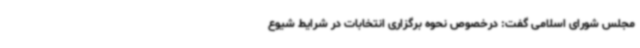
مجلس شورای اسلامی گفت: درخصوص نحوه برگزاری انتخابات در شرایط شیوع